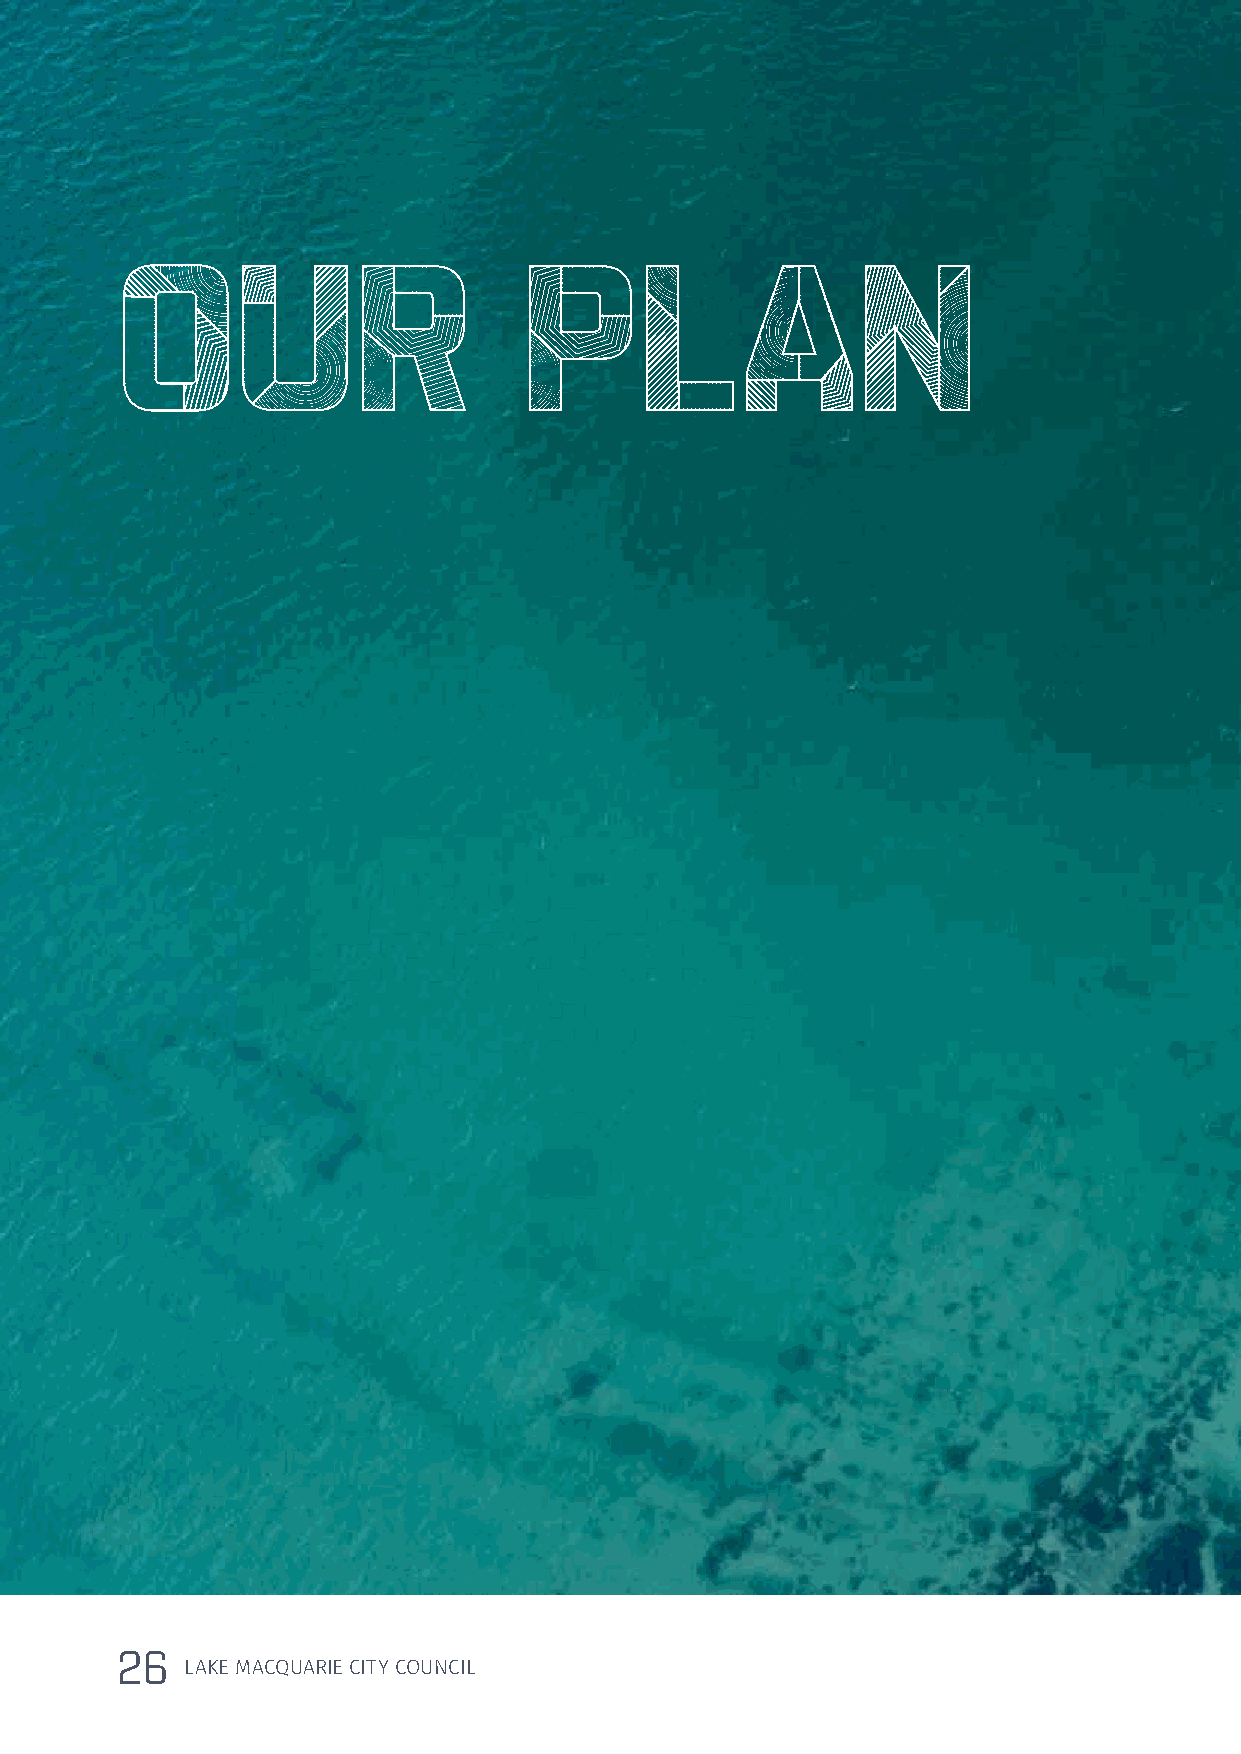
OUR                        PLAN
 26
 LAKE MACQUARIE CITY COUNCIL